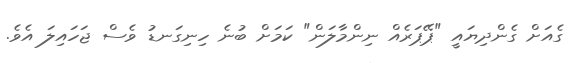
ގެއަށް ގެންދިޔައީ "ޕޭޕަރެއް ނިންމާލަން" ކަމަށް ބުނެ ހިނިގަނޑު ވެސް ޖަހައިލަ އެވެ.